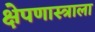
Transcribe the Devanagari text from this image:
क्षेपणास्त्राला